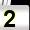
Digit: 2